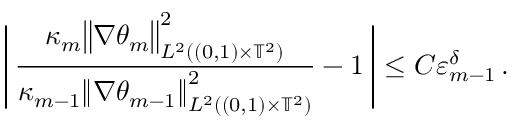
\Biggl | \, \frac { \kappa _ { m } \big \| \nabla { \theta } _ { m } \big \| _ { L ^ { 2 } ( ( 0 , 1 ) \times \ensuremath { \mathbb { T } } ^ { 2 } ) } ^ { 2 } } { \kappa _ { m - 1 } \mathopen { } \mathclose \bgroup \left\| \nabla \theta _ { m - 1 } \aftergroup \egroup \right\| _ { L ^ { 2 } ( ( 0 , 1 ) \times \ensuremath { \mathbb { T } } ^ { 2 } ) } ^ { 2 } } - 1 \, \Biggr | \leq C \varepsilon _ { m - 1 } ^ { \delta } \, .